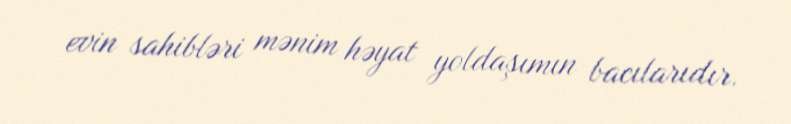
evin sahibləri mənim həyat yoldaşımın bacılarıdır.